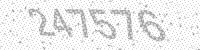
Solution: 247576